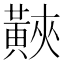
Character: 䵌